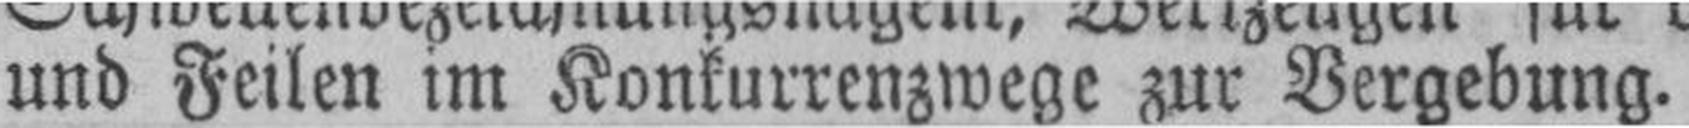
und Feilen im Konkurrenzwege zur Vergebung.